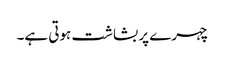
چہرے پر بشاشت ہوتی ہے۔